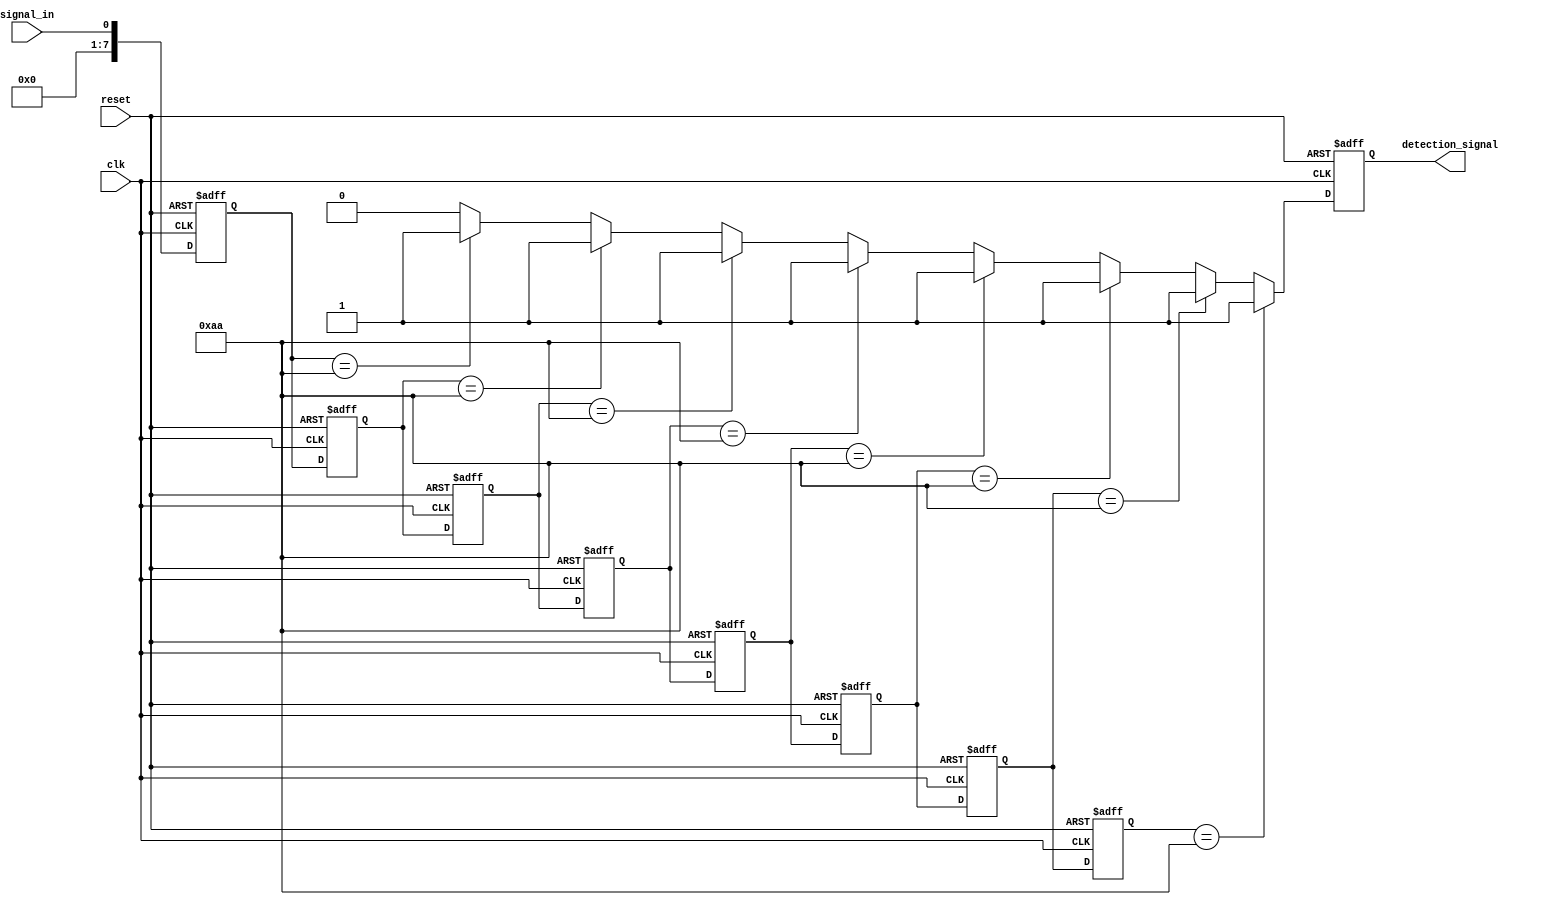
module MemoryBlocksSamplingDelayLineDetector (
    input wire clk,                 // System clock
    input wire reset,               // Asynchronous reset signal
    input wire signal_in,           // Input signal to be sampled
    output reg detection_signal      // Output signal indicating detection of desired pattern
);

// Parameters
parameter NUM_BLOCKS = 8;         // Number of memory blocks
parameter THRESHOLD = 8'b10101010; // Example threshold pattern for detection

// Memory blocks to store sampled values
reg [NUM_BLOCKS-1:0] memory[NUM_BLOCKS-1:0];
integer i;

// Sampling mechanism to store input signal in memory blocks
always @(posedge clk or posedge reset) begin
    if (reset) begin
        // Clear memory blocks on reset
        for (i = 0; i < NUM_BLOCKS; i = i + 1) begin
            memory[i] <= 0;
        end
        detection_signal <= 0;
    end else begin
        // Shift samples into memory blocks
        for (i = NUM_BLOCKS-1; i > 0; i = i - 1) begin
            memory[i] <= memory[i-1]; // Shift previous value to next block
        end
        memory[0] <= signal_in; // Store input signal in the first block

        // Detection logic: Compare the latest sampled values
        detection_signal <= 0;  // Default to no detection
        for (i = 0; i < NUM_BLOCKS; i = i + 1) begin
            if (memory[i] == THRESHOLD) begin
                detection_signal <= 1; // Set detection signal if pattern is found
            end
        end
    end
end

endmodule